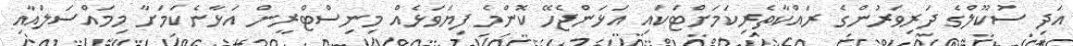
އަދި ސުކޫލްގެ ދަރިވަރުންގެ ރައްކާތެރިކަމަށްޓަކައި އަޅަންޖެހޭ ކޮންމެ ފިޔަވަޅެއް މިނިސްޓްރީން އަޅާނެކަމަށާ މިމައްސަލައާއި